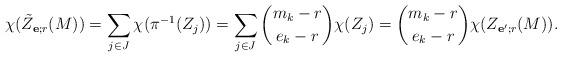
LaTeX: \begin{align*} \chi(\tilde Z_{\mathbf e; r}(M)) = \sum_{j\in J} \chi(\pi^{-1}(Z_j)) = \sum_{j\in J} \binom{m_k-r}{e_k-r} \chi(Z_j) = \binom{m_k-r}{e_k-r}\chi(Z_{\mathbf e'; r}(M)).\end{align*}